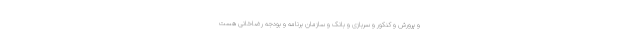
و پرورش و کنکور و سربازی و بانک و سازمان برنامه و بودجه رضاخانی هست